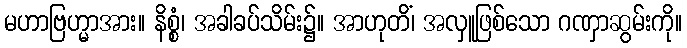
မဟာဗြဟ္မာအား။ နိစ္စံ၊ အခါခပ်သိမ်း၌။ အာဟုတိံ၊ အလှူဖြစ်သော ဂဏှာဆွမ်းကို။